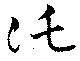
託